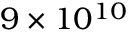
9 \times 1 0 ^ { 1 0 }